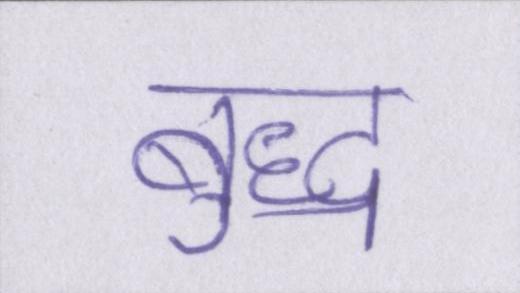
बुद्ध